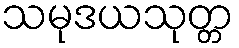
သမုဒယသုတ္တ